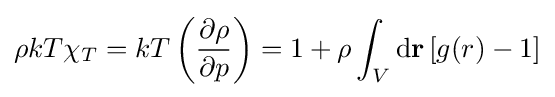
\rho kT\chi _{T}=kT\left({\frac {\partial \rho }{\partial p}}\right)=1+\rho \int _{V}\mathrm {d} \mathbf {r} \,[g(r)-1]